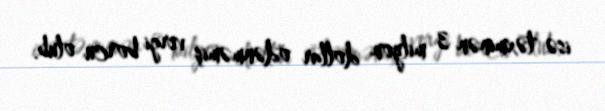
isə təxminən 3 milyon dollar ödənməmiş vergi borcu olub.